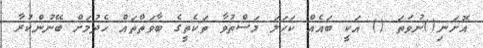
އޮށަނި()ނުވަތަ () އަކީ ބައެއް ކަހަލަ މަސްތުވާ ތަކެތީގެ ބާވަތްތައް ހެދުމަށް ބޭނުންކުރާ